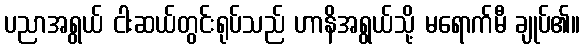
ပညာအရွယ် ငါးဆယ်တွင်းရုပ်သည် ဟာနိအရွယ်သို့ မရောက်မီ ချုပ်၏။